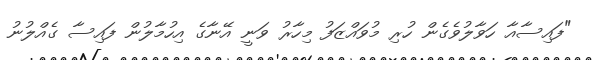
"ފައިސާއާ ހަވާލުވެގެން ހުރި މުވައްޒަފު މިހާރު ވަނީ އޭނާގެ އިހުމާލުން ފައިސާ ގެއްލުނު